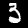
Digit: 3